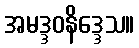
အမဒ္ဒဝနိဒ္ဒေသ။